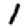
Digit: 1